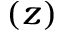
\left( z \right)